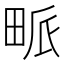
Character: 𤱰